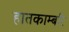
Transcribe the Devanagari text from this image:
हातकाम्बरि